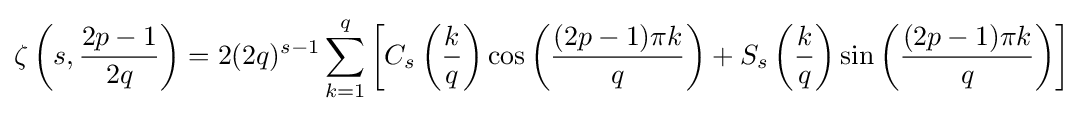
\zeta \left(s,{\frac {2p-1}{2q}}\right)=2(2q)^{s-1}\sum _{k=1}^{q}\left[C_{s}\left({\frac {k}{q}}\right)\cos \left({\frac {(2p-1)\pi k}{q}}\right)+S_{s}\left({\frac {k}{q}}\right)\sin \left({\frac {(2p-1)\pi k}{q}}\right)\right]